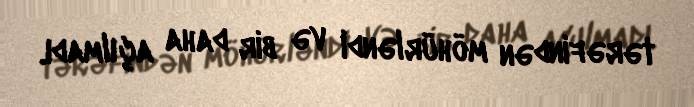
tərəfindən möhürləndi və bir daha açılmadı.